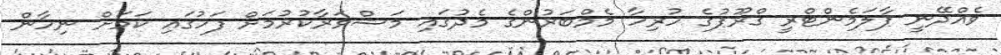
ވެއްދޭނީ ޕާލަމެންޓްރީ ގްރޫޕުގެ ހުރިހާ މެމްބަރުންގެ މެދުގައި މަޝްވަރާކުރުމަށް ފަހުގައި ކަމަށް ނިހާން